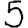
Digit: 5